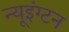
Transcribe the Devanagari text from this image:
न्यूइंग्टन